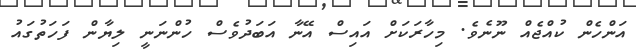
އަންހެން ކުއްޖެއް ނޫނެވެ. މިހާރަކަށް އައިސް އޭނާ އަބަދުވެސް ހުންނަނީ ލިޔާން ފަހަތުގައު